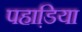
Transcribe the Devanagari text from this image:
पहाडि़या